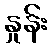
နှုန်း